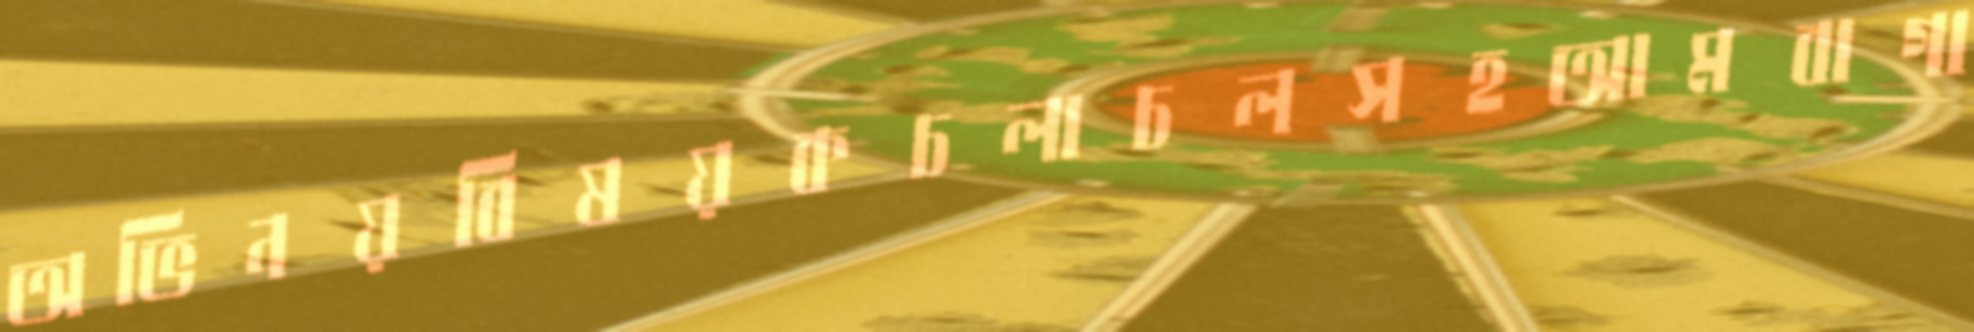
অভিনয়বিষয়কচলাচলসহআমবাগা